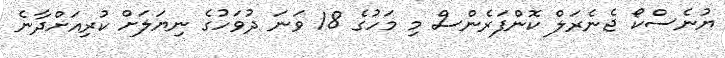
ޔުނެސްކޯ ޖެނެރަލް ކޮންފަރެންސް މި މަހުގެ 18 ވަނަ ދުވަހުގެ ނިޔަލަށް ކުރިއަށްދާނެ